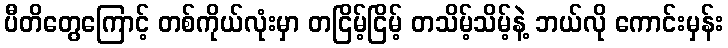
ပီတိတွေကြောင့် တစ်ကိုယ်လုံးမှာ တငြိမ့်ငြိမ့် တသိမ့်သိမ့်နဲ့ ဘယ်လို ကောင်းမှန်း